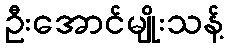
ဦးအောင်မျိုးသန့်